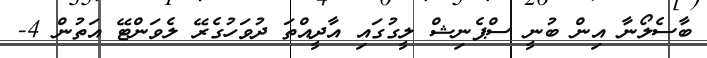
ބާސެލޯނާ އިން ބުނީ ސްޕެނިޝް ލީގުގައި އާދީއްތަ ދުވަހުގެރޭ ލެވަންޓޭ އަތުން 4-